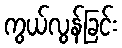
ကွယ်လွန်ခြင်း